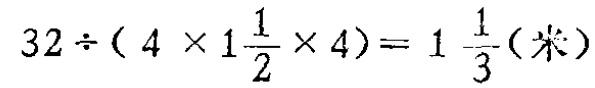
\(32\div(4\times1\frac{1}{2}\times4)=1\frac{1}{3}(\text{米})\)